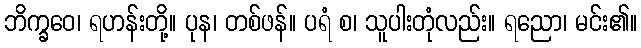
ဘိက္ခဝေ၊ ရဟန်းတို့။ ပုန၊ တစ်ဖန်။ ပရံ စ၊ သူပါးတုံလည်း။ ရညော၊ မင်း၏။